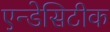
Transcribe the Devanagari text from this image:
एन्डेसिटीक